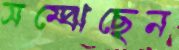
সম্‌ঝেছেন